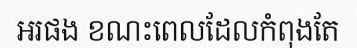
អរផង ខណះពេលដែលកំពុងតែ